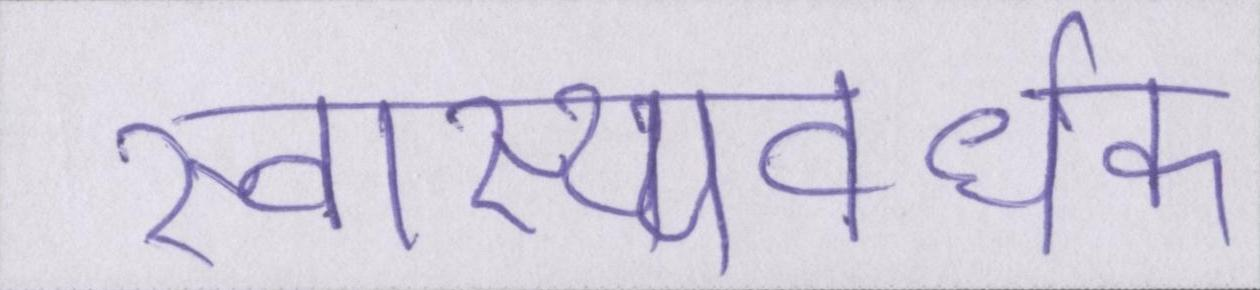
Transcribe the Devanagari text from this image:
स्वास्थ्यवर्धक